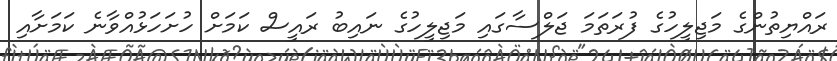
ރައްޔިތުންގެ މަޖިލީހުގެ ފުރަތަމަ ޖަލްސާގައި މަޖިލީހުގެ ނައިބު ރައީސް ކަމަށް ހުށަހަޅުއްވާނެ ކަމަށާއި